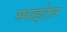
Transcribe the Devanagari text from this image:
स्पाइटेल